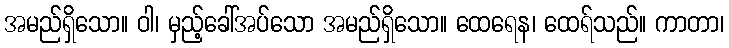
အမည်ရှိသော။ ဝါ၊ မှည့်ခေါ်အပ်သော အမည်ရှိသော။ ထေရေန၊ ထေရ်သည်။ ကာတာ၊